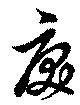
戻